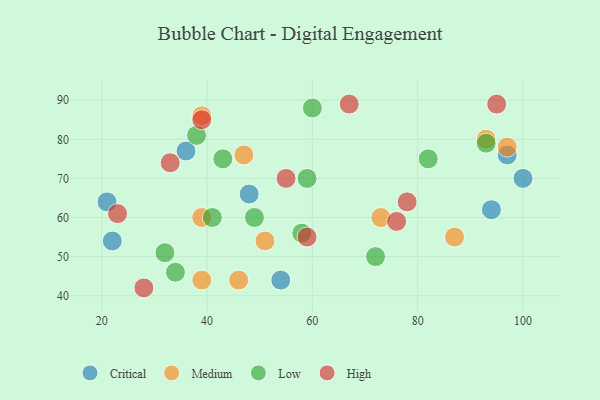
{"axis": {"x": "GDP", "y": "Life Expectancy"}, "legend": ["Critical", "High", "Low", "Medium"], "data": [{"x": "54", "y": 44, "type": "Critical"}, {"x": "36", "y": 77, "type": "Critical"}, {"x": "21", "y": 64, "type": "Critical"}, {"x": "94", "y": 62, "type": "Critical"}, {"x": "100", "y": 70, "type": "Critical"}, {"x": "22", "y": 54, "type": "Critical"}, {"x": "48", "y": 66, "type": "Critical"}, {"x": "97", "y": 76, "type": "Critical"}, {"x": "39", "y": 44, "type": "Medium"}, {"x": "93", "y": 80, "type": "Medium"}, {"x": "97", "y": 78, "type": "Medium"}, {"x": "51", "y": 54, "type": "Medium"}, {"x": "87", "y": 55, "type": "Medium"}, {"x": "47", "y": 76, "type": "Medium"}, {"x": "39", "y": 86, "type": "Medium"}, {"x": "46", "y": 44, "type": "Medium"}, {"x": "73", "y": 60, "type": "Medium"}, {"x": "39", "y": 60, "type": "Medium"}, {"x": "72", "y": 50, "type": "Low"}, {"x": "38", "y": 81, "type": "Low"}, {"x": "82", "y": 75, "type": "Low"}, {"x": "49", "y": 60, "type": "Low"}, {"x": "43", "y": 75, "type": "Low"}, {"x": "58", "y": 56, "type": "Low"}, {"x": "34", "y": 46, "type": "Low"}, {"x": "41", "y": 60, "type": "Low"}, {"x": "59", "y": 70, "type": "Low"}, {"x": "60", "y": 88, "type": "Low"}, {"x": "93", "y": 79, "type": "Low"}, {"x": "32", "y": 51, "type": "Low"}, {"x": "28", "y": 42, "type": "High"}, {"x": "59", "y": 55, "type": "High"}, {"x": "39", "y": 85, "type": "High"}, {"x": "76", "y": 59, "type": "High"}, {"x": "55", "y": 70, "type": "High"}, {"x": "95", "y": 89, "type": "High"}, {"x": "33", "y": 74, "type": "High"}, {"x": "23", "y": 61, "type": "High"}, {"x": "78", "y": 64, "type": "High"}, {"x": "67", "y": 89, "type": "High"}]}